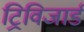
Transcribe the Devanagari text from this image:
ट्रिविजार्ड